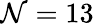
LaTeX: \mathcal{N}=13